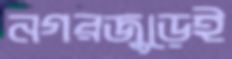
নগরজুড়েই